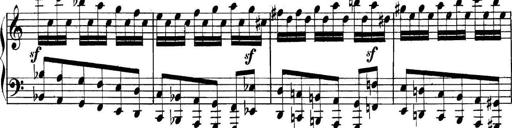
Title: Collected Piano Sonatas
Composer: Muzio Clementi